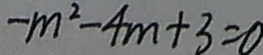
- m ^ { 2 } - 4 m + 3 = 0